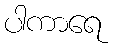
ပါကာရေ